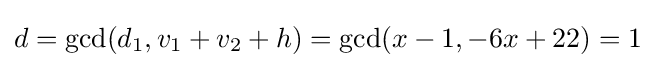
d=\gcd(d_{1},v_{1}+v_{2}+h)=\gcd(x-1,-6x+22)=1